King Institute of Preventive Medicine Micro-Biological Section reports 1909-11
Year: 1909
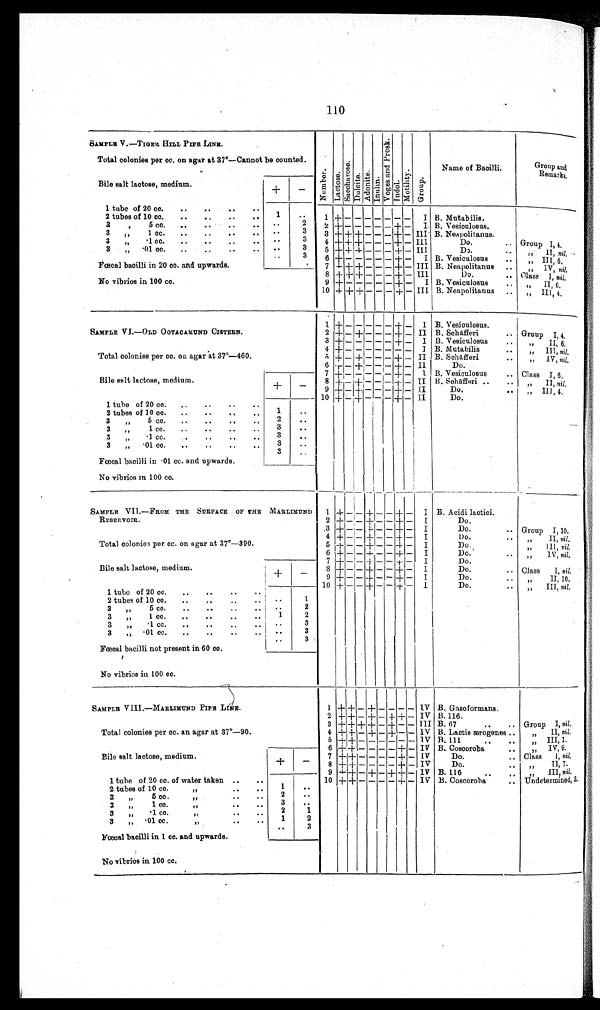
110
SAMPLE V.—TIGER HILL PIPE LINE.
NumberLact oseSacchar os eDul ci teAdoni teInulin V o g e s a n d p r o s k
IndolMobi l i t yGroup
Name of Bacilli.
Group and
Remarks
Total colonies per cc. on agar at 37°—Cannot be counted.
Bile salt lactose, medium.
+
−
1 tube of 20 cc.
1
2 tubes of 10 cc.
2
1
+
− − − − − − −
I B. Mntabilis.
3 „ 5 cc.
3
2
+
− − − − −
+
−
I B. Vesiculosus.
3 „ 1 cc
3
3
+ + +
− − −
+
−
I I I B. Neapolitanus.
3 „ ·1 cc.
3
4
+ + +
− − −
+
−
I I I
Do.
Group 1, 4.
3 „ ·01 cc.
3
5
+ + +
− − −
+
−
I I I
Do.
„ II, nil.
Fœcal bacilli in 20 cc. and upwards.
6
+
− − − − −
+
−
I B. Vesiculosus
„ III, 6
7
+ + +
− − −
+
−
I I I B. Neapolitanus
„ I V ni l .
No vibrios in 100 cc.
8
+ + +
− − −
+
−
I I I
Do.
Cl ass I nil.
9
+
− − − − −
+
−
I B. Vesiculosus
„ II, 6.
1 0
+ + +
− − −
+
−
I I I B. Neapolitanus
,, III, 4.
SAMPLE VI.—OLD OOTACAMUND CISTERN.
1
+
−
−
−
− −
+
−
I B. Vesiculosus.
2
+
−
+
− − −
+
−
I I B. Schafferi
Group I, 4.
3
+
− − − − −
+
−
I B. Vesiculosus
„ II, 6.
Total colonies per cc. on agar at 37°—460.
4
+
− − − − − − −
I B. Mutabilis
„ III,
n i l .
5
+
−
+
− − −
+
−
I I B. Sehafferi
„ IV, nil.
6
+
−
+
− − −
+
−
I I
Do.
Bile salt lactose, medium
+
−
7
+
− − − − −
+
−
I B. Vesiculosus
Class I, 6.
8
+
−
+
− − −
+
−
I I B. Schafferi
„ II, nil.
9
+
−
+
− − −
+
−
I I
Do.
„ III, 4.
1 tube of 20 cc.
1
1 0
+
−
+
− − −
+
−
I I
Do.
2 tubes of 10 cc.
2
3 „ 5 cc.
3
3 „ 1 cc.
3
3 „ ·1 cc.
3
3 „·01 cc
3
Fœcal bacilli in ·01 cc. and upwards.
No vibrios in 100 cc.
SAMPLE VII.—FROM THE SURFACE OF THE MARLIMUND
RESERVOIR.
1
+
− −
+
− −
+
−
I B. Acidi lactici.
2
+
− −
+
− −
+
−
I
Do.
3
+
− −
+
− −
+
−
I
Do.
Group I, 10.
4
+
− −
+
− −
+
−
I
D o .
„ II, ni l
.
Total colonies per cc. on agar at 37°—390.
5
+
− −
+
− −
+
−
I
D o .
„ III,
n i l .
6
+
− −
+
− −
+
−
I
Do.
„ IV, nil.
7
+
− −
+
− −
+
−
I
Do.
Bile salt lactose, medium
+
−
8
+
− −
+
− −
+
−
I
Do.
Class I, nil.
9
+
− −
+
− −
+
−
I
Do.
,, II, 10.
1 0
+
− −
+
− −
+
−
I
Do.
„ III, nil,
1 tube of 20 cc.
2 tubes of 10 cc.
1
3 „ 5 cc.
2
3 „ 1 cc.
1
2
3 „ ·1 cc.
3
3 „·01 cc.
3
3
Fœcal bacilli not present in 60 cc.
No vibrios in 100 cc.
SAMPLE VIII.—MARLIMUND PIPE LINE.
1
+ +
−
+
−
− − −
I V B. Gasoformans.
2
+ +
−
+
−
+ +
−
I V B. 116.
3
+ +
+
+
−
+
− −
I I I B.67
Group I, nil.
Total colonies per cc. an agar at 37°—90.
4
+ +
−
+
−
+
− −
I V
B Lactis ærogenes
„ II, nil.
5
+ +
− − − − − −
I V B. 111.
„ III 1.
6
+ +
− − − −
+
−
I V B. Coscoroba
„ IV, 9.
Bile salt lactose, medium
+
−
7
+ +
− − − −
+
−
I V
Do.
Class I, nil.
8
+ +
− − − −
+
−
I V
Do.
„ II, 7.
9
+ +
−
+
−
+ +
−
I V B. 116
„ III nil.
1 tube of 20 cc. of water taken
1 0
+ +
− − − −
+
−
I V B. Coscoroba
Undetermined, 3.
2 tubes of 10 cc.
1
3 „ 5 cc.
2
3 „ 1cc.
3
3 „ ·01 cc.
2
1
3 „ ·01 cc.
1
2
3
Fœcal bacilli in 1 cc. and upwards.
No vibrios in 100 cc.